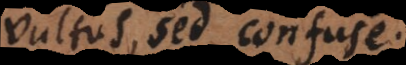
vultus, sed confuse.